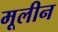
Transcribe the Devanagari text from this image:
मूलीन